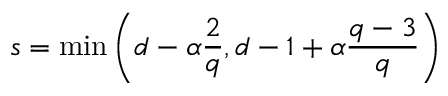
s = \operatorname* { m i n } \left( d - \alpha \frac { 2 } { q } , d - 1 + \alpha \frac { q - 3 } { q } \right)